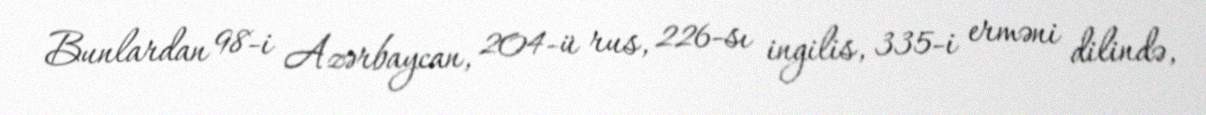
Bunlardan 98-i Azərbaycan, 204-ü rus, 226-sı ingilis, 335-i erməni dilində,